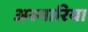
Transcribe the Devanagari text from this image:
अस्गारिया